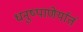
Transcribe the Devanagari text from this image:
धनुष्पाणेर्यातं